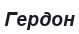
Гердон